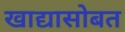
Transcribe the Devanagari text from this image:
खाद्यासोबत